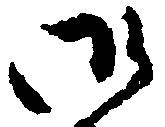
御